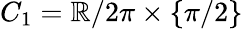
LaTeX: C_{1}=\mathbb{R}/2\pi\times\{ \pi/2\}